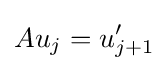
Au_{j}=u_{j+1}'